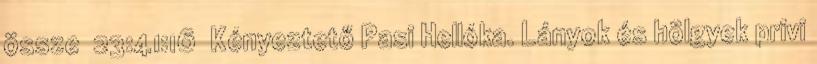
össze 23:41:16 Kényeztető Pasi Hellóka. Lányok és hölgyek privi